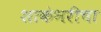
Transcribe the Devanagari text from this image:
शाकंभरीचा